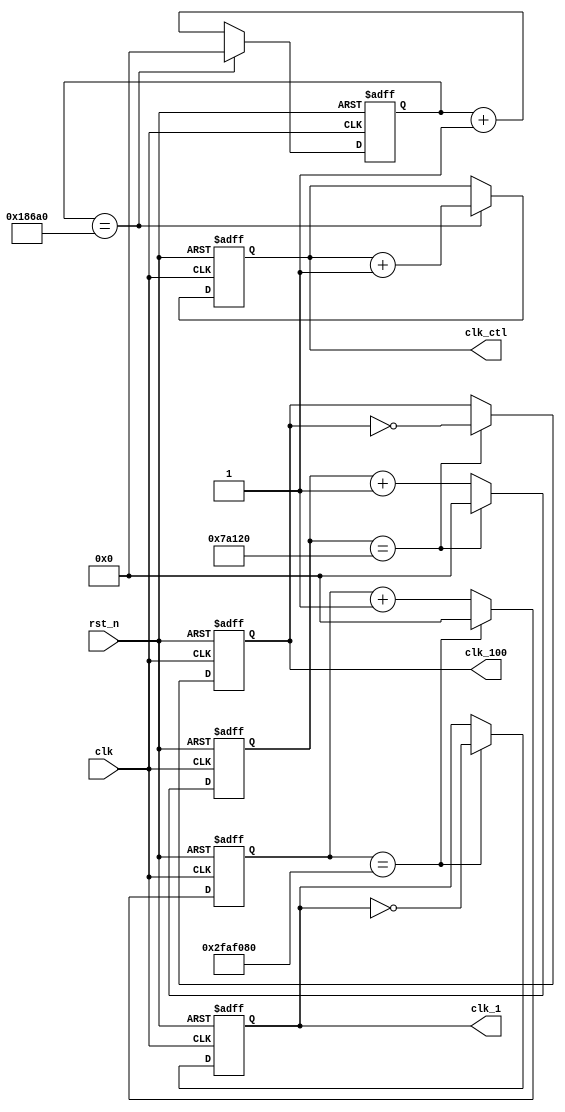
`timescale 1ns / 1ps

module clock_generator(
    clk,    //clock from crystal
    rst_n,  //active low reset
    clk_1,  //generated 1Hz clock
    clk_100, //generated 100Hz clock
    clk_ctl //scan control
);
output clk_1;
output clk_100;
output [1:0] clk_ctl;
input clk;
input rst_n;
reg clk_1;
reg clk_100;
reg [1:0] clk_ctl;

reg [26:0] count_50M, count_50M_next;
reg [26:0] count_500k, count_500k_next;
reg [26:0] count_100k, count_100k_next;
reg clk_1_next;
reg clk_100_next;
reg [1:0] clk_ctl_next;

//generate clock_ctl
always @*
    if (count_100k == 27'd100000)   //for display
    begin
        count_100k_next = 27'd0;
        clk_ctl_next = clk_ctl + 2'b1;
    end
    else
    begin
        count_100k_next = count_100k + 1'b1;
        clk_ctl_next = clk_ctl;
    end

always @(posedge clk or negedge rst_n)
    if (~rst_n)
    begin
        count_100k <= 27'd0;
        clk_ctl <= 2'b0;
    end
    else
    begin
        count_100k <= count_100k_next;
        clk_ctl <= clk_ctl_next;
    end

//generator clk_1 
always @*
    if (count_50M == 27'd50000000)    //use faster clock!!
    begin
        count_50M_next = 27'd0;
        clk_1_next = ~clk_1;
    end
    else
    begin
        count_50M_next = count_50M + 1'b1;
        clk_1_next = clk_1;
    end

always @(posedge clk or negedge rst_n)
    if (~rst_n)
    begin
        count_50M <= 27'd0;
        clk_1 <= 1'b0;
    end
    else
    begin
        count_50M <= count_50M_next;
        clk_1 <= clk_1_next;
    end

//generator clk_100
always @*
    if (count_500k == 27'd500000)
    begin
        count_500k_next = 27'd0;
        clk_100_next = ~clk_100;
    end
    else
    begin
        count_500k_next = count_500k + 1'b1;
        clk_100_next = clk_100;
    end

always @(posedge clk or negedge rst_n)
    if (~rst_n)
    begin
        count_500k <= 27'd0;
        clk_100 <= 1'b0;
    end
    else
    begin
        count_500k <= count_500k_next;
        clk_100 <= clk_100_next;
    end

endmodule